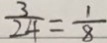
\frac { 3 } { 2 4 } = \frac { 1 } { 8 }